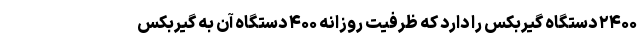
۲۴۰۰ دستگاه گیربکس را دارد که ظرفیت روزانه ۴۰۰ دستگاه آن به گیربکس